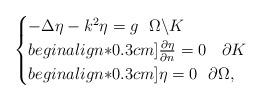
LaTeX: \begin{align*}\begin{cases}-\Delta \eta-k^2\eta=g\,\,\,\, \Omega\backslash K\\begin{align*}0.3cm] \frac{\partial \eta}{\partial n}=0\;\,\,\,\,\partial K\\begin{align*}0.3cm] \eta=0\,\,\,\,\partial\Omega,\end{cases}\end{align*}